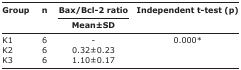
| <ROWSPAN=3> Group | <ROWSPAN=3> n | Bax/Bcl-2 ratio | <ROWSPAN=3> Independent t-test (p) |
 | Mean±SD |
 | --- | --- | --- | --- |
 | K1 | 6 | - | 0.000* |
 | K2 | 6 | 0.32±0.23 |  |
 | K3 | 6 | 1.10±0.17 |  |